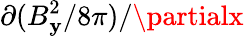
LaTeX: \partial(B_{\mathbf{y}}^{2}/8\pi)/\partialx